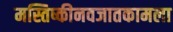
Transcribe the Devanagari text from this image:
मस्तिष्कीनवजातकामला